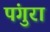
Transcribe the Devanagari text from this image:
पंगुरा